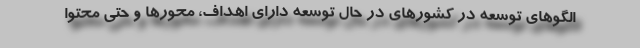
الگوهای توسعه در کشورهای در حال توسعه دارای اهداف، محورها و حتی محتوا